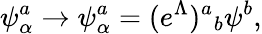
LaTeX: \psi_{\alpha}^{a}\rightarrow\psi_{\alpha}^{a}=(e^{\Lambda}){}^{a}{}_{b}\psi^{b},